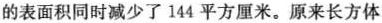
的表面积同时减少了144平方厘米。原来长方体